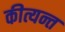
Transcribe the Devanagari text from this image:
कीत्यन्त